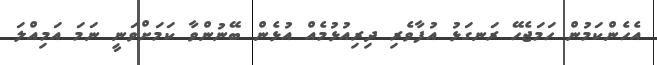
އެހެންކަމުން ހަމަޖެހޭ ރަނގަޅު އުފާވެރި ދިރިއުޅުމެއް އުޅެން ބޭނުންވާ ކަމަށްވަނީ ނަމަ އަމިއްލަ